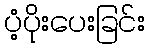
ပံ့ပိုးပေးခြင်း